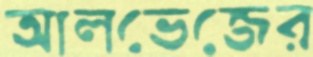
আলভেজের